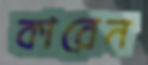
কারেন